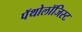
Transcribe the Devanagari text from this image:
पॅथोलॉजिस्ट